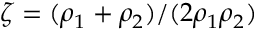
\zeta = ( \rho _ { 1 } + \rho _ { 2 } ) / ( 2 \rho _ { 1 } \rho _ { 2 } )